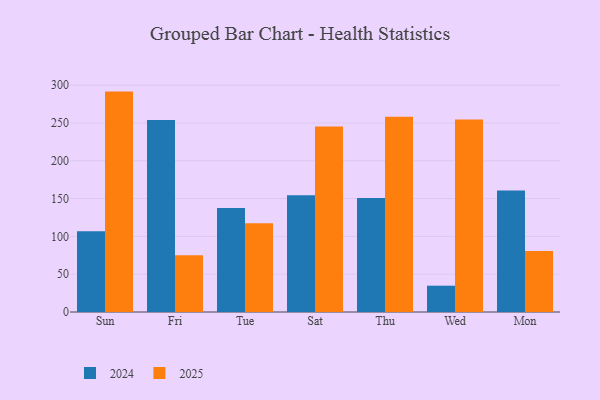
{"axis": {"x": "Day", "y": "Active Users"}, "legend": ["2024", "2025"], "data": [{"x": "Sun", "y": 291.5, "type": "2025"}, {"x": "Sun", "y": 106.8, "type": "2024"}, {"x": "Fri", "y": 74.9, "type": "2025"}, {"x": "Fri", "y": 254.1, "type": "2024"}, {"x": "Tue", "y": 117.3, "type": "2025"}, {"x": "Tue", "y": 137.4, "type": "2024"}, {"x": "Sat", "y": 245.4, "type": "2025"}, {"x": "Sat", "y": 154.5, "type": "2024"}, {"x": "Thu", "y": 258.2, "type": "2025"}, {"x": "Thu", "y": 150.7, "type": "2024"}, {"x": "Wed", "y": 254.7, "type": "2025"}, {"x": "Wed", "y": 34.8, "type": "2024"}, {"x": "Mon", "y": 80.6, "type": "2025"}, {"x": "Mon", "y": 160.8, "type": "2024"}]}